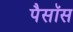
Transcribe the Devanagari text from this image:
पैसॉस